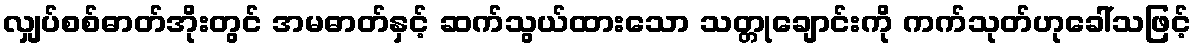
လျှပ်စစ်ဓာတ်အိုးတွင် အမဓာတ်နှင့် ဆက်သွယ်ထားသော သတ္တုချောင်းကို ကက်သုတ်ဟုခေါ်သဖြင့်